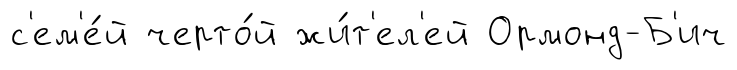
с'ем'е́й черто́й жи́т'ел'ей Ормонд-Б'ич